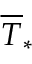
\overline { { T } } _ { \ast }